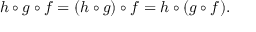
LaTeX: h \circ g \circ f = ( h \circ g ) \circ f = h \circ ( g \circ f ) .